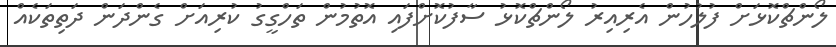
ލޯންޗްކޮޅަށް ފުލުހުން އެރިއިރު ލޯންޗްކޮޅު ސާފުކޮށްފައި އޮތުމުން ތަހްގީގު ކުރިއަށް ގެންދަން ދަތިތަކެއް